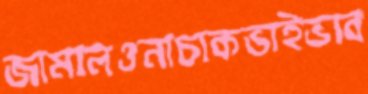
জামালওনাচাকভাইভাব